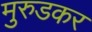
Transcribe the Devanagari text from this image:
मुरुडकर